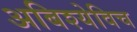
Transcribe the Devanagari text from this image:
अबिश्येविच